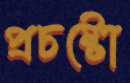
প্রচষ্টো